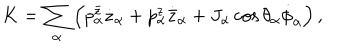
K = \sum _ { \alpha } \left( p _ { \alpha } ^ { \bar { z } } \dot { z } _ { \alpha } + p _ { \alpha } ^ { z } \dot { { \bar { z } } } _ { \alpha } + J _ { \alpha } \cos \theta _ { \alpha } \dot { \phi } _ { \alpha } \right) ,